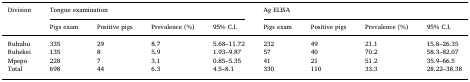
<table><thead><tr><td rowspan="2"><b>Division</b></td><td colspan="4"><b>Tongue examination</b></td><td colspan="4"><b>Ag ELISA</b></td></tr><tr><td><b>Pigs exam</b></td><td><b>Positive pigs</b></td><td><b>Prevalence (%)</b></td><td><b>95% C.I.</b></td><td><b>Pigs exam</b></td><td><b>Positive pigs</b></td><td><b>Prevalence (%)</b></td><td><b>95% C.I.</b></td></tr></thead><tbody><tr><td>Ruhuhu</td><td>335</td><td>29</td><td>8.7</td><td>5.68–11.72</td><td>232</td><td>49</td><td>21.1</td><td>15.8–26.35</td></tr><tr><td>Ruhekei</td><td>135</td><td>8</td><td>5.9</td><td>1.93–9.87</td><td>57</td><td>40</td><td>70.2</td><td>58.3–82.07</td></tr><tr><td>Mpepo</td><td>228</td><td>7</td><td>3.1</td><td>0.85–5.35</td><td>41</td><td>21</td><td>51.2</td><td>35.9–66.5</td></tr><tr><td>Total</td><td>698</td><td>44</td><td>6.3</td><td>4.5–8.1</td><td>330</td><td>110</td><td>33.3</td><td>28.22–38.38</td></tr></tbody></table>